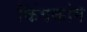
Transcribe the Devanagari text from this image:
किंगकांग